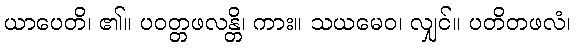
ယာပေတိ၊ ၏။ ပဝတ္တဖလန္တိ၊ ကား။ သယမေဝ၊ လျှင်။ ပတိတဖလံ၊